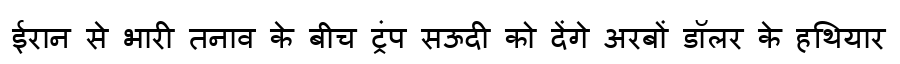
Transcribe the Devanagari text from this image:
ईरान से भारी तनाव के बीच ट्रंप सऊदी को देंगे अरबों डॉलर के हथियार